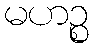
မဟဉ္စ